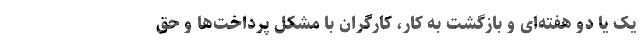
یک یا دو هفته‌ای و بازگشت به کار، کارگران با مشکل پرداخت‌ها و حق